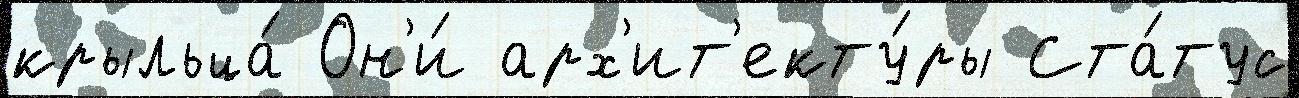
крыльца́ Он'и́ арх'ит'екту́ры Ста́тус